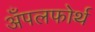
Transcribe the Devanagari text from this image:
अँपलफोर्थ